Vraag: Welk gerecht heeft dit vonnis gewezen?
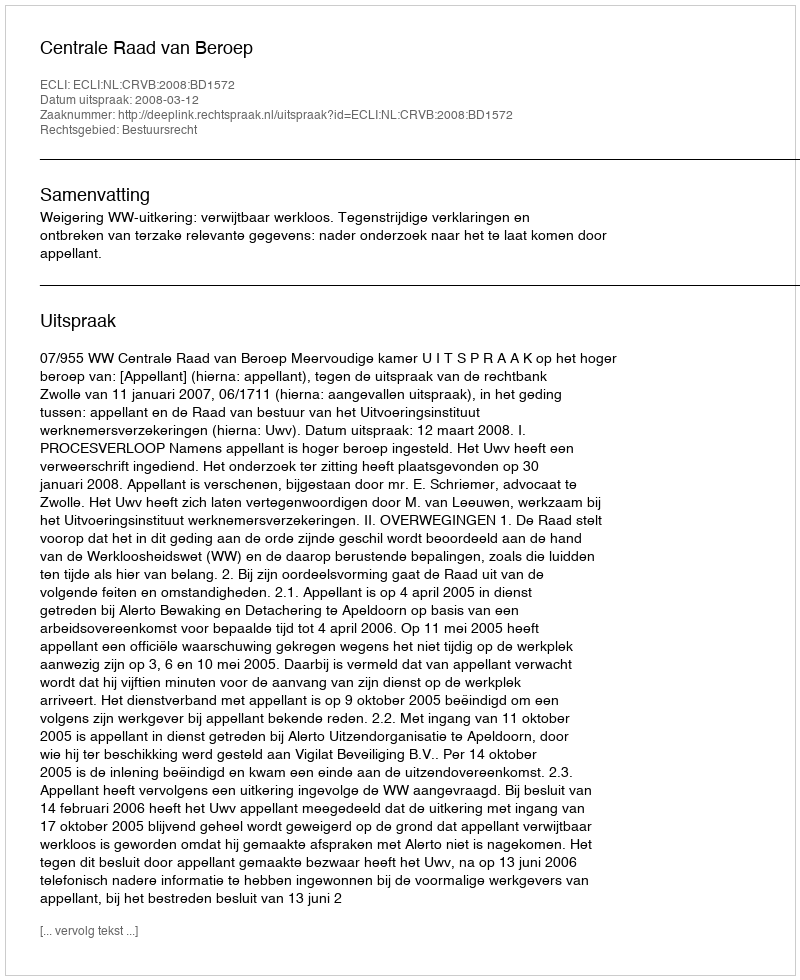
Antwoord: Centrale Raad van Beroep